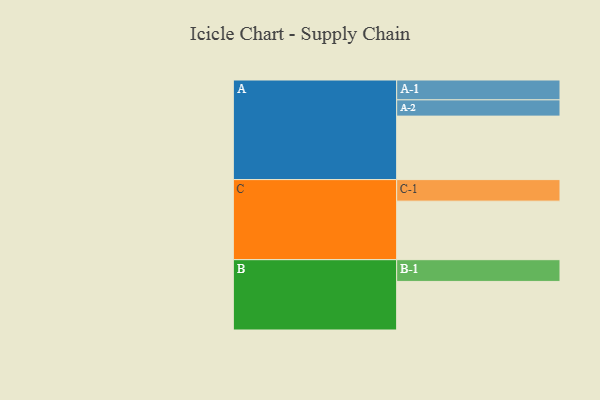
{"axis": {"x": "Segment", "y": "Value"}, "legend": ["", "A", "B", "C"], "data": [{"x": "A", "y": 566, "type": ""}, {"x": "B", "y": 433, "type": ""}, {"x": "C", "y": 522, "type": ""}, {"x": "A-1", "y": 177, "type": "A"}, {"x": "A-2", "y": 145, "type": "A"}, {"x": "B-1", "y": 194, "type": "B"}, {"x": "C-1", "y": 192, "type": "C"}]}